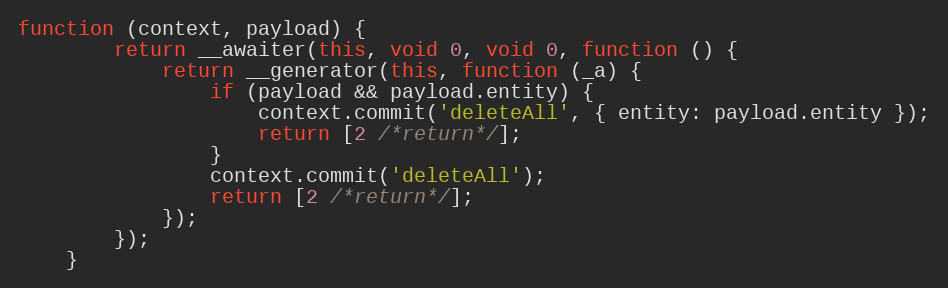
Language: JavaScript
function (context, payload) {
        return __awaiter(this, void 0, void 0, function () {
            return __generator(this, function (_a) {
                if (payload && payload.entity) {
                    context.commit('deleteAll', { entity: payload.entity });
                    return [2 /*return*/];
                }
                context.commit('deleteAll');
                return [2 /*return*/];
            });
        });
    }